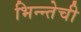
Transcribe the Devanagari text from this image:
भिन्न्तेची